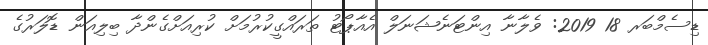
ޑިސެމްބަރ 18 2019: ވެލާނާ އިންޓަނެޝަނަލް އެއާޕޯޓު ތަރައްގީކުރުމަށް ކުރިއަށްގެންދާ ބިލިއަން ޑޮލަރުގެ